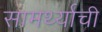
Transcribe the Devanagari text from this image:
सामर्थ्याची